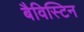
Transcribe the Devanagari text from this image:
बैविस्टिन